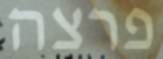
פרצה